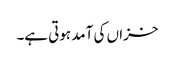
خزاں کی آمد ہوتی ہے۔